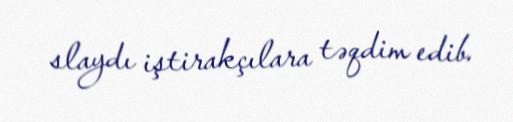
slaydı iştirakçılara təqdim edib.